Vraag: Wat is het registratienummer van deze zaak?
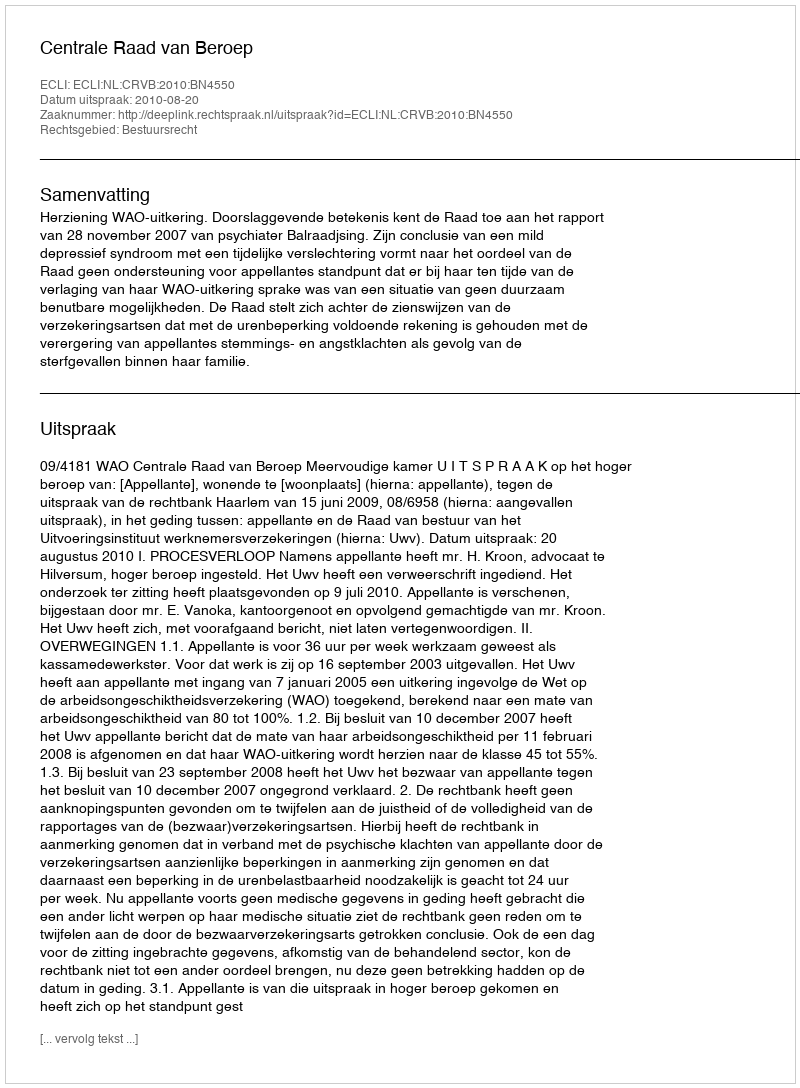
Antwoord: http://deeplink.rechtspraak.nl/uitspraak?id=ECLI:NL:CRVB:2010:BN4550